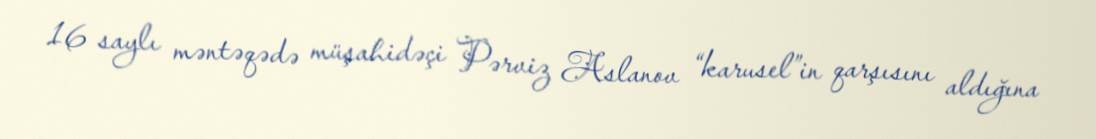
16 saylı məntəqədə müşahidəçi Pərviz Aslanov “karusel”in qarşısını aldığına